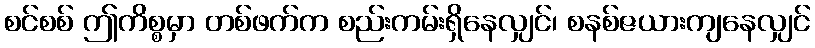
စင်စစ် ဤကိစ္စမှာ တစ်ဖက်က စည်းကမ်းရှိနေလျှင်၊ စနစ်ဇယားကျနေလျှင်